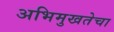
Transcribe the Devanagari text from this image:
अभिमुखतेचा